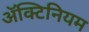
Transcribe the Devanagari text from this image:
अॅक्टिनियम